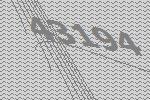
43194